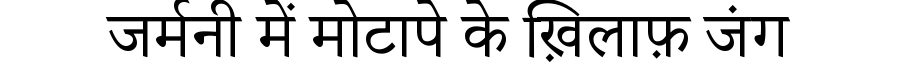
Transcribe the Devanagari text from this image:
जर्मनी में मोटापे के ख़िलाफ़ जंग